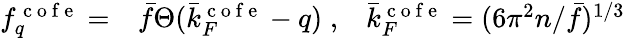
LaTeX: \begin{array}{rlr}{f_{q}^{\mathrm{~c~o~f~e~}}=}&{{}\bar{f}\Theta(\bar{k}_{F}^{\mathrm{~c~o~f~e~}}-q)\; ,}&{\bar{k}_{F}^{\mathrm{~c~o~f~e~}}=(6\pi^{2}n/\bar{f})^{1/3}}\end{array}